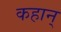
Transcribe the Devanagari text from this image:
कहान्